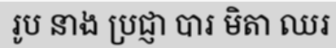
រូប នាង ប្រជ្ញា បារ មិតា ឈរ